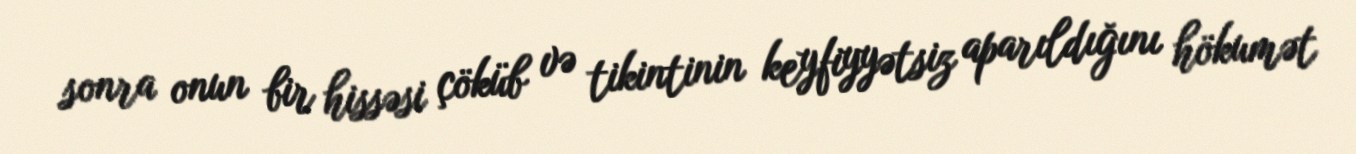
sonra onun bir hissəsi çöküb və tikintinin keyfiyyətsiz aparıldığını hökumət